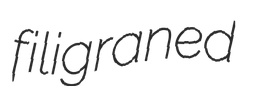
filigraned